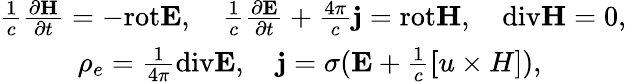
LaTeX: \begin{array}{r}{\frac{1}{c}\frac{\partial{\mathbf H}}{\partial t}=-\mathrm{rot}{\mathbf E},\quad\frac{1}{c}\frac{\partial{\mathbf E}}{\partial t}+\frac{4\pi}{c}{\mathbf j}=\mathrm{rot}{\mathbf H},\quad\mathrm{div}{\mathbf H}=0,}\\ {\rho_{e}=\frac{1}{4\pi}\mathrm{div}{\mathbf E},\quad{\mathbf j}=\sigma({\mathbf E}+\frac{1}{c}{\mathbf[u\times H]}),\quad\quad\quad}\end{array}